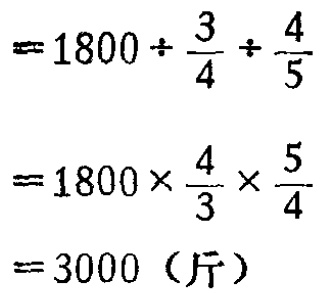
\[

\begin{align*}

&=1800\div\frac{3}{4}\div\frac{4}{5}\\

&=1800\times\frac{4}{3}\times\frac{5}{4}\\

&=3000（斤）

\end{align*}

\]